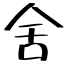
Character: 舍